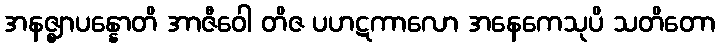
အနဇ္ဈာပန္နောတိ အာဇီဝေါ တိဇ ပဟဋကာလော အနေကေသုပိ သတိတော